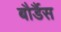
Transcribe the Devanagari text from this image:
बौर्डैस